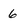
Character: 6